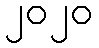
၂၀၂၀